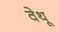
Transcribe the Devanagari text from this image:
वेथू